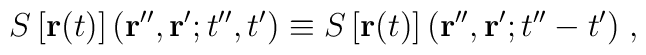
S \left[ {\bf r}(t)  \right]  ({\bf r}'', {\bf r}' ; t'',t')   \equiv S \left[ {\bf r}(t)  \right]  ({\bf r}'', {\bf r}' ; t''-t')  \;  ,